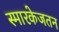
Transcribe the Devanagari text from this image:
स्मारकेजतन